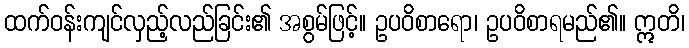
ထက်ဝန်းကျင်လှည့်လည်ခြင်း၏ အစွမ်ဖြင့်။ ဥပဝိစာရော၊ ဥပဝိစာရမည်၏။ ဣတိ၊